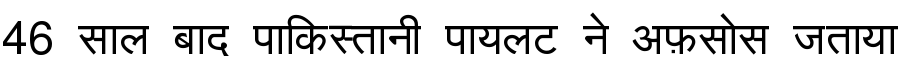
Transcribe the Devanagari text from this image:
46 साल बाद पाकिस्तानी पायलट ने अफ़सोस जताया